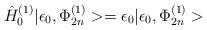
LaTeX: \begin{align*}{\hat{H}}^{(1)}_0|\epsilon_0, \Phi^{(1)}_{2n}> = \epsilon_0|\epsilon_0, \Phi^{(1)}_{2n}>\end{align*}